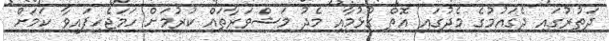
ދަތުރުގައި ދެގައުމުގެ މެދުގައި އޮތް ގުޅުމާއި މެދު މަޝްވަރާތައް ކުރުމަށް ހަމަޖެހިފައިވާ ކަމަށް